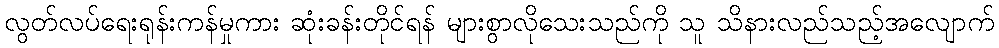
လွတ်လပ်ရေးရုန်းကန်မှုကား ဆုံးခန်းတိုင်ရန် များစွာလိုသေးသည်ကို သူ သိနားလည်သည့်အလျောက်